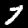
Label: 7